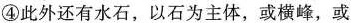
④此外还有水石，以石为主体，或横峰，或